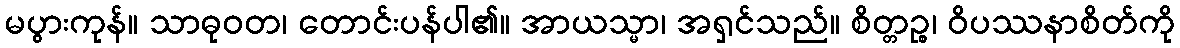
မပွားကုန်။ သာဓုဝတ၊ တောင်းပန်ပါ၏။ အာယသ္မာ၊ အရှင်သည်။ စိတ္တဉ္စ၊ ဝိပဿနာစိတ်ကို